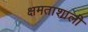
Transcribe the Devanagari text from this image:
क्षमताशाली